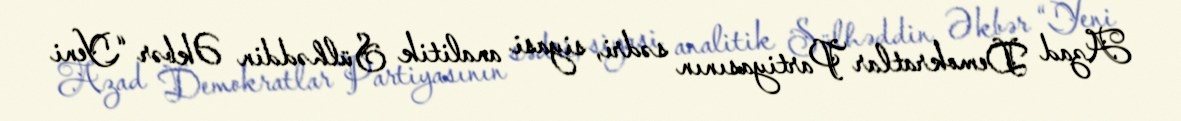
Azad Demokratlar Partiyasının sədri, siyasi analitik Sülhəddin Əkbər “Yeni